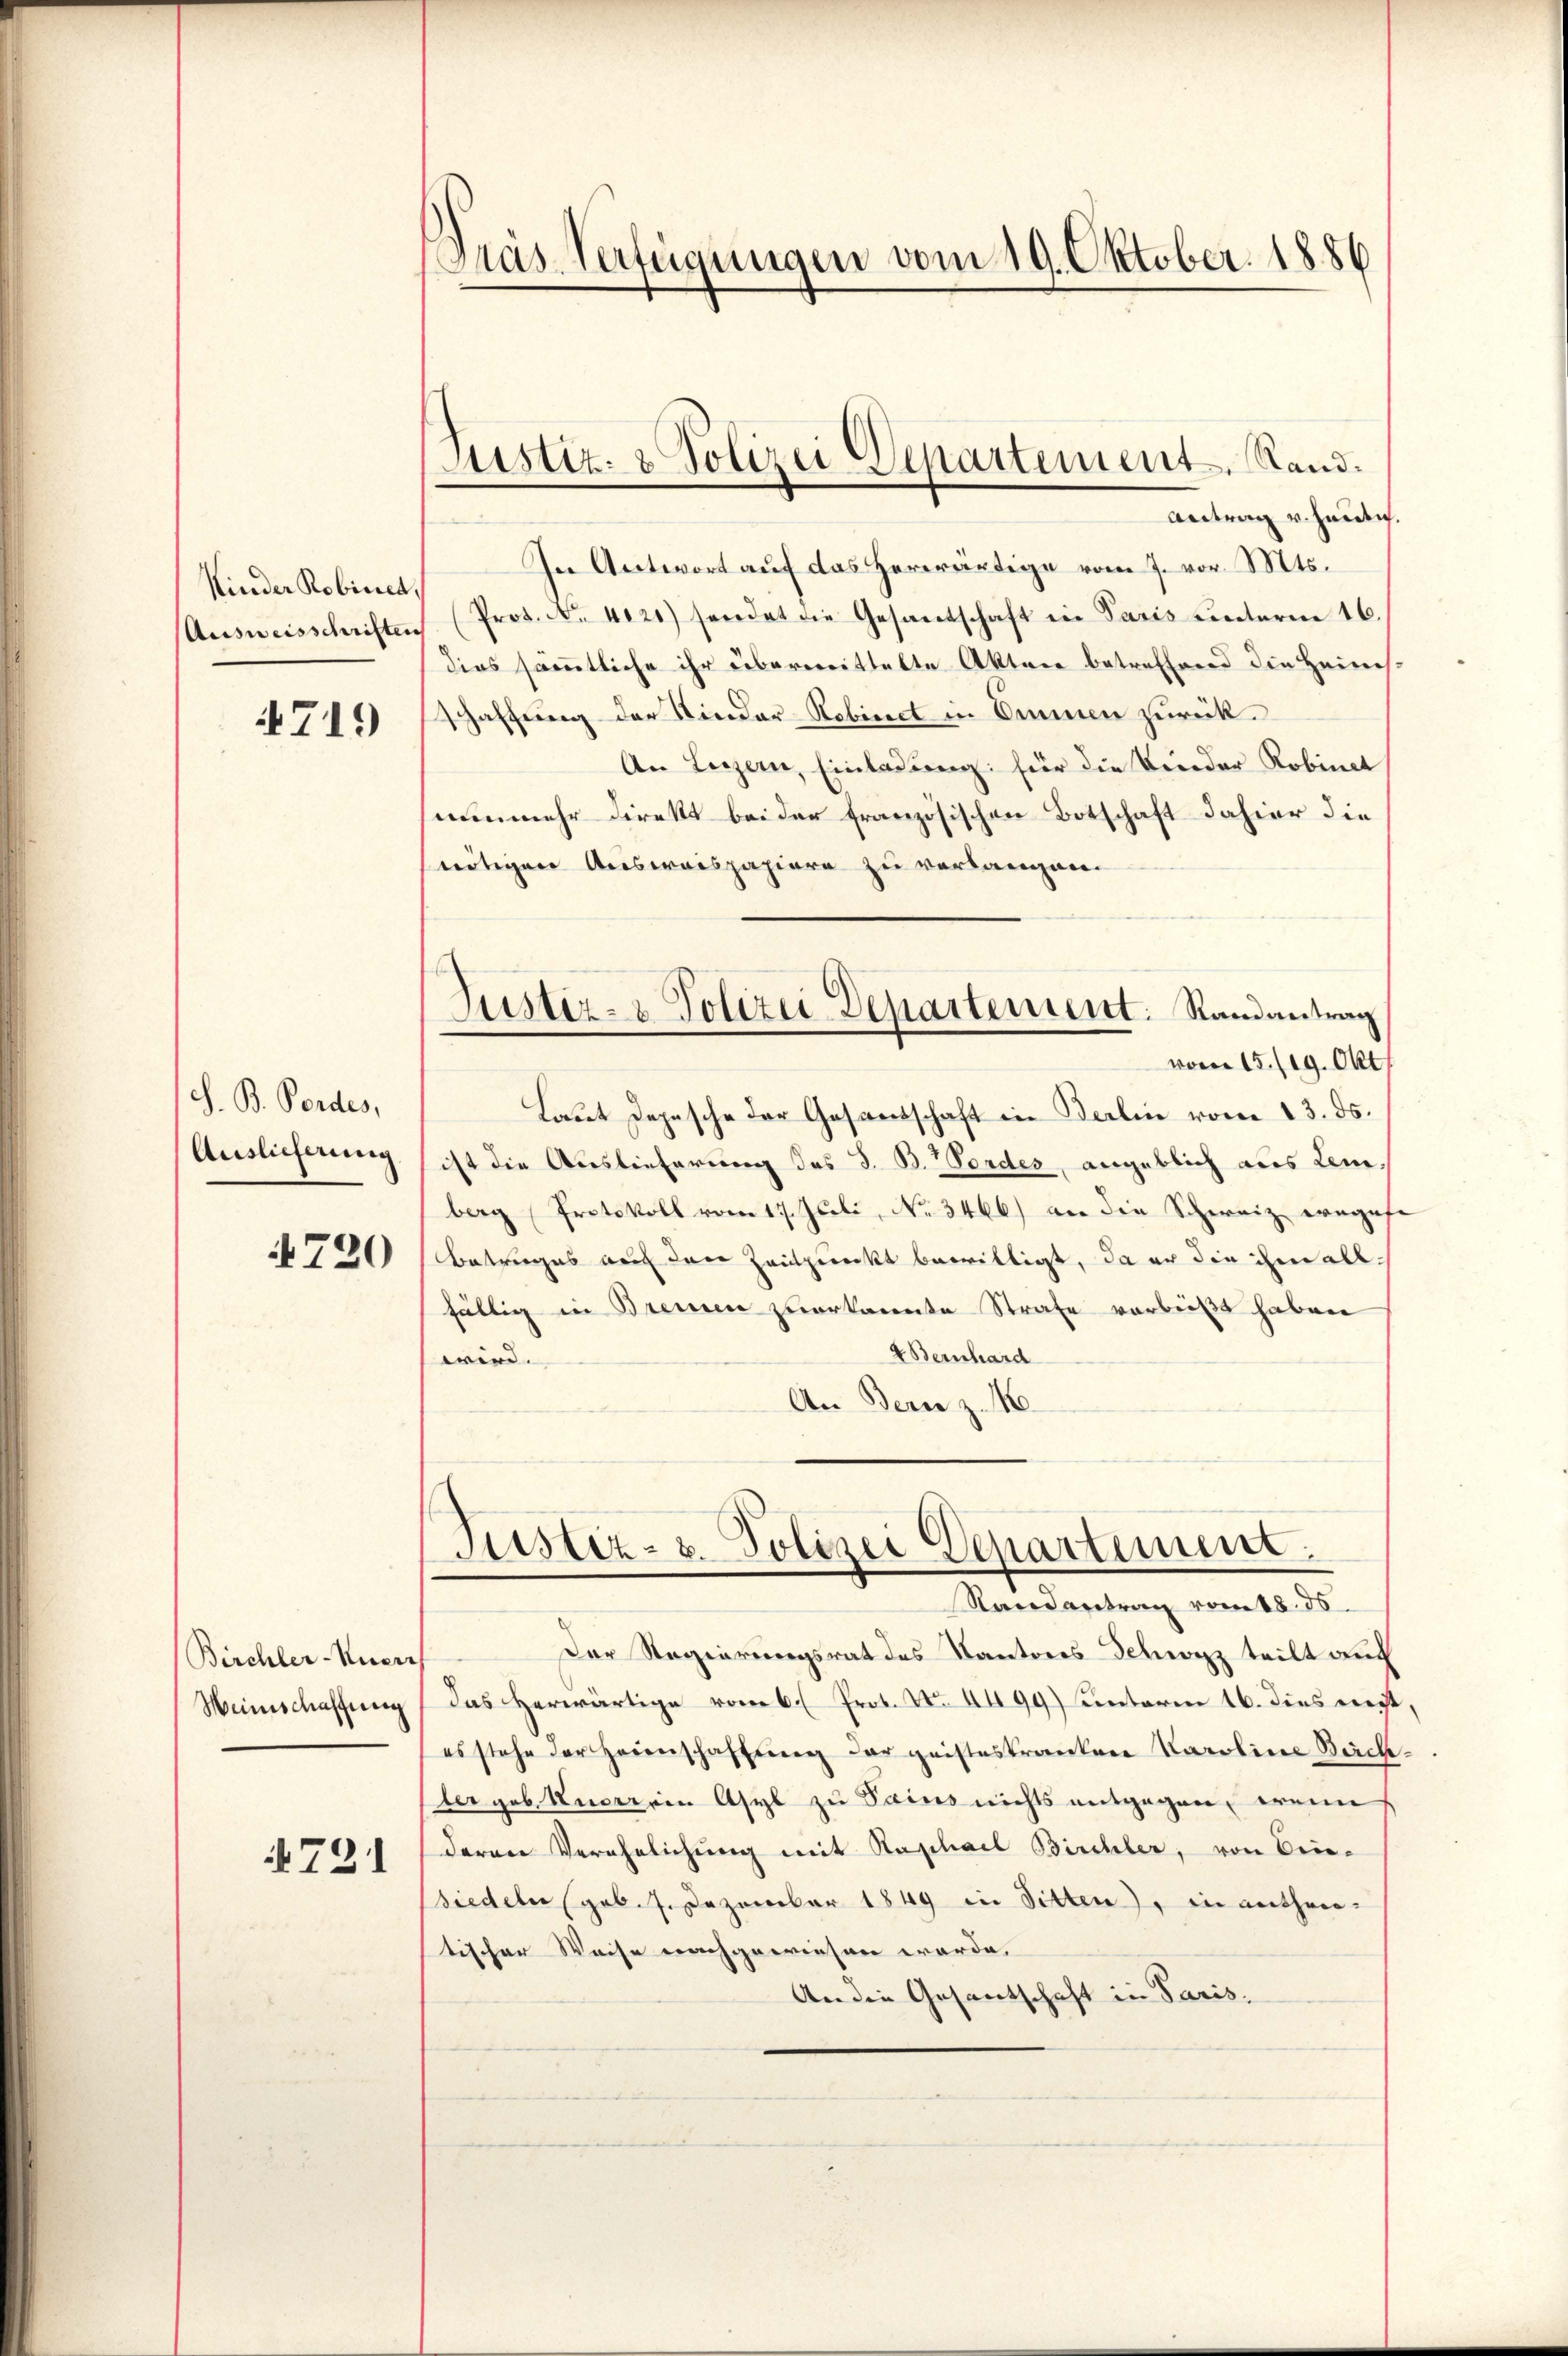
Kinder Robinet,
Ausweisschriften

4719

S. B. Fordes,

Birchler-Nuerr
Weinschaffung

721

Pras-Verfügungen vom 19. Oktober. 1886

Justiz- & Polizei Departement. Stand.

Antrag v. heutig.
In Antwort auf das herwärtige vom 7. vor. Mts.
Pros. No. 4121) sendet die Gesantschaft in Paris unterm 16.
dies sämmtliche ihr überwittelte Akten betreffend die Heims¬
Schaffung der Kinder-Robirect in Emmen zurück.
An Luzern, Einladung für die Kinder Robinet
nunmehr direkt bei der französischen Botschaft dahier die
nötigen Ausweispapiere zu verlangen.
Justiz- & Polizei Departement: Randantrag
vom 15./19. Okt
Laut Depesche der Gesandschaft in Berlin vom 13. ds.
Auslieferung sist die Auslieferung des d. B. Vordes, angeblich aus Leiberg (Protokoll vom 17. Juli, No 3466) an die Schweiz engese
A 720 Betruges auf den Zeitpunkt bewilligt, da er die ihm allfällig in Bremen zuerkannte Strafe verbeißt haben
Bernhard
wird
An Bern z.

Justiz- u. Polizei Departiment.
Randantrag vom t8. 35

Der Regierungsrat des Kantons Schwyz teilt auch
Das Herwärtige vom 6. Prot. No. 4499) unterm 16. dies nicht,
es stehe der Heimschaffŭng der geisteskranken Karoline Backtergeb. Anderein Asyl zu Sains nichts entgegen, wenn
deren Verehelichung mit Raphael Birchler, von Binsiedeter (geb. 1. Dezember 1849 in Sitten), in entheiltischer Weise nachgewiesen werde.
An die Gesantschaft in Paris.